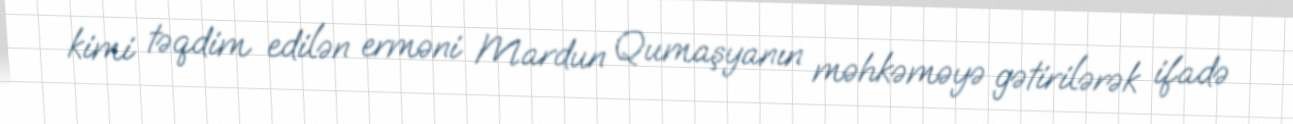
kimi təqdim edilən erməni Mardun Qumaşyanın məhkəməyə gətirilərək ifadə